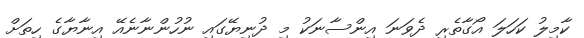
ކާމިލު ކަހަލަ އޯގާތެރި ދެވަނަ އިންސާނަކު މި ދުނިޔޭގައި ނުހުންނާނެއޭ އިނާޔާގެ ހިތަށް